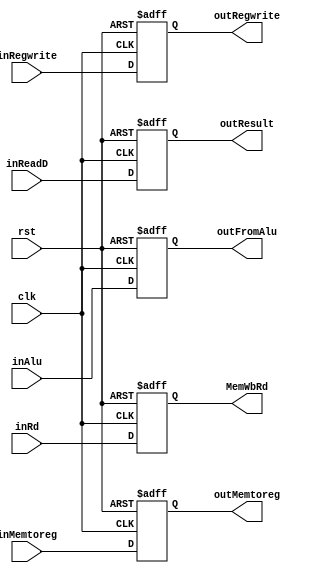
`timescale 1ns/1ns

module MEM_WB (input clk,rst,inRegwrite,inMemtoreg,
            input [31:0] inReadD,inAlu,
            input [4:0] inRd,
            output reg outRegwrite,outMemtoreg,
            output reg [31:0] outResult,outFromAlu,
            output reg [4:0] MemWbRd);
    always@(posedge clk, posedge rst) begin
        if(rst) begin
            {outRegwrite,outMemtoreg} <= 2'b0;
            outResult <= 32'b0; MemWbRd <= 5'b0; outFromAlu <= 32'b0;
        end
        else begin
            outRegwrite <= inRegwrite;
            outMemtoreg <= inMemtoreg;
            outResult <= inReadD; 
            MemWbRd <= inRd; 
            outFromAlu <= inAlu;
        end
    end
endmodule